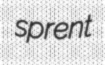
sprent